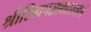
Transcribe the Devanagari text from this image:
श्रीशिवपञ्चाक्षरस्तोत्रं